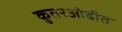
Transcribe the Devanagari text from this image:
कुतरओढीत